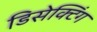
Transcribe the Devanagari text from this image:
डिसेक्टिंग